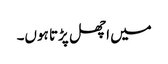
میں اچھل پڑتا ہوں۔